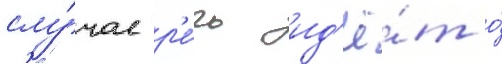
слу́чае р'е́чь ид'ё́т о́